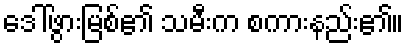
ဒေါ်ဖွားမြစ်၏ သမီးက စကားနည်း၏။